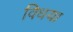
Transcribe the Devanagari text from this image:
विधया